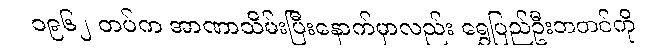
၁၉၆၂ တပ်က အာဏာသိမ်းပြီးနောက်မှာလည်း ရွှေပြည်ဦးဘတင်ကို